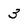
Character: 3